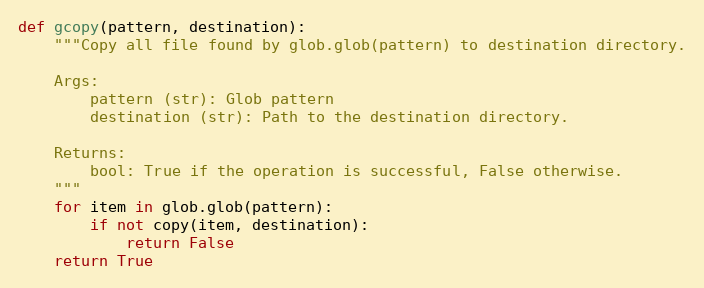
Language: Python
def gcopy(pattern, destination):
    """Copy all file found by glob.glob(pattern) to destination directory.

    Args:
        pattern (str): Glob pattern
        destination (str): Path to the destination directory.

    Returns:
        bool: True if the operation is successful, False otherwise.
    """
    for item in glob.glob(pattern):
        if not copy(item, destination):
            return False
    return True